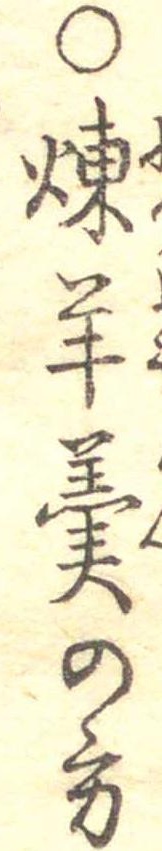
○煉羊羹の方